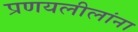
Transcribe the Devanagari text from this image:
प्रणयलीलांना